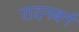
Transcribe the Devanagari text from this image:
रादनबर्ग